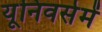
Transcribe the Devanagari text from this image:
यूनिवर्समें